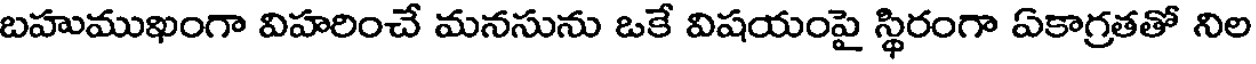
బహుముఖంగా విహరించే మనసును ఒకే విషయంపై స్థిరంగా ఏకాగ్రతతో నిల